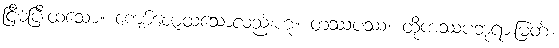
ငြိမ်ပြီးထသော။ ကျော်ဇောထသောလည်းဟူ။ တဿပဿ၊ ထိုကဿပဘုရားမြတ်။